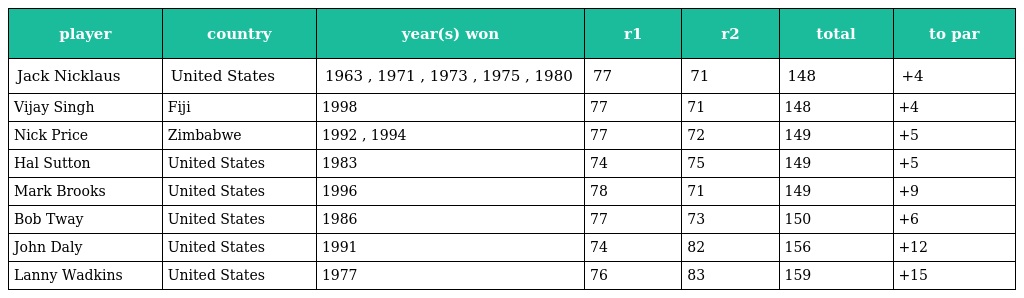
| player | country | year(s) won | r1 | r2 | total | to par |
 | --- | --- | --- | --- | --- | --- | --- |
 | Jack Nicklaus | United States | 1963 , 1971 , 1973 , 1975 , 1980 | 77 | 71 | 148 | +4 |
 | Vijay Singh | Fiji | 1998 | 77 | 71 | 148 | +4 |
 | Nick Price | Zimbabwe | 1992 , 1994 | 77 | 72 | 149 | +5 |
 | Hal Sutton | United States | 1983 | 74 | 75 | 149 | +5 |
 | Mark Brooks | United States | 1996 | 78 | 71 | 149 | +9 |
 | Bob Tway | United States | 1986 | 77 | 73 | 150 | +6 |
 | John Daly | United States | 1991 | 74 | 82 | 156 | +12 |
 | Lanny Wadkins | United States | 1977 | 76 | 83 | 159 | +15 |